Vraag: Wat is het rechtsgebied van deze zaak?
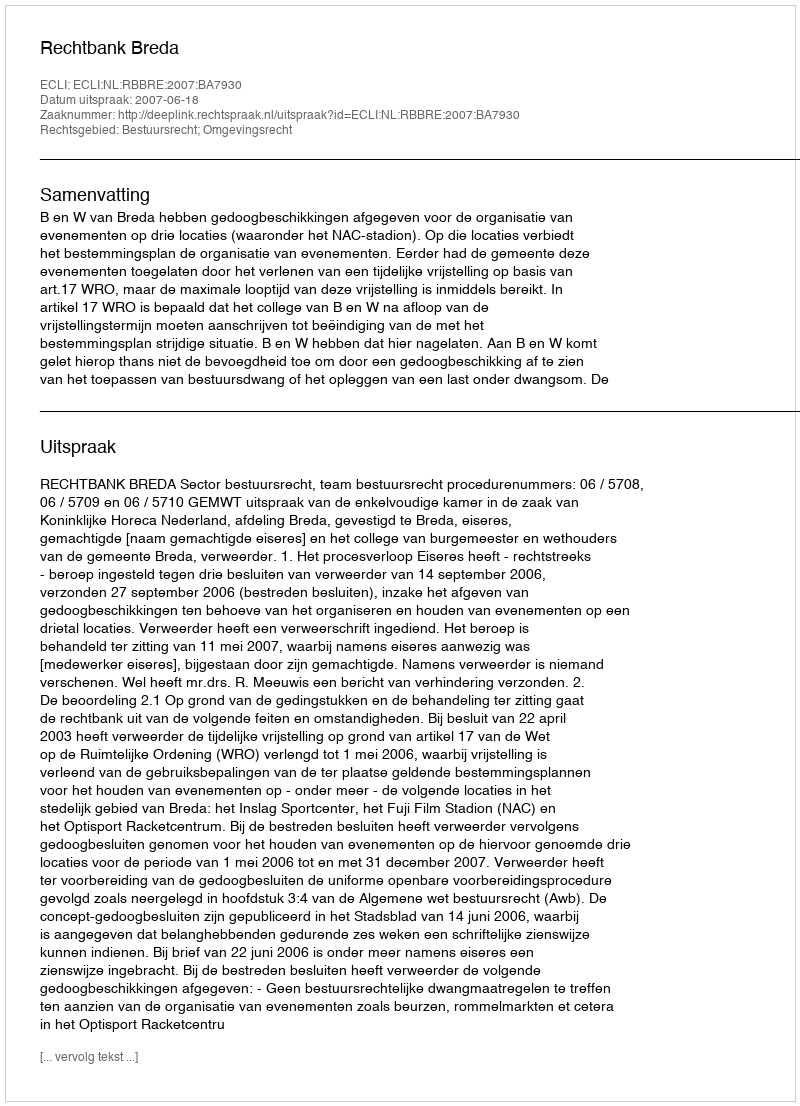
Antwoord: Bestuursrecht; Omgevingsrecht